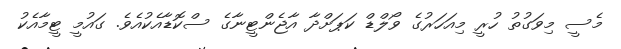
މެސީ މިވަގުތު ހުރީ މިއަހަރުގެ ވޯލްޑް ކަޕަށްދާ އާޖެންޓީނާގެ ސްކޮޑާއެކުއެވެ. ގައުމީ ޓީމާއެކު